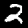
Digit: 2